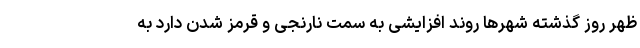
ظهر روز گذشته شهرها روند افزایشی به سمت نارنجی و قرمز شدن دارد به